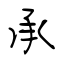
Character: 承